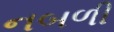
નબળી